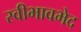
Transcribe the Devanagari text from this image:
स्वीभावभेद